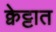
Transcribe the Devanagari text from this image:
क्वेट्टात